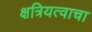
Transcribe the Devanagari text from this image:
क्षत्रियत्वाचा